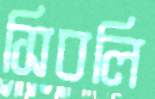
সিবলি